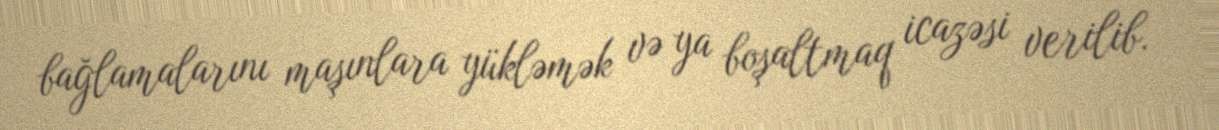
bağlamalarını maşınlara yükləmək və ya boşaltmaq icazəsi verilib.